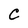
Character: C